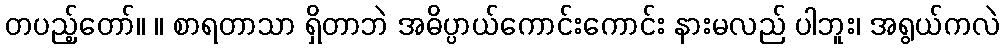
တပည့်တော်။ ။ စာရတာသာ ရှိတာဘဲ အဓိပ္ပာယ်ကောင်းကောင်း နားမလည် ပါဘူး၊ အရွယ်ကလဲ